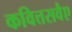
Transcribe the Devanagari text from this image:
कवित्तसवैए